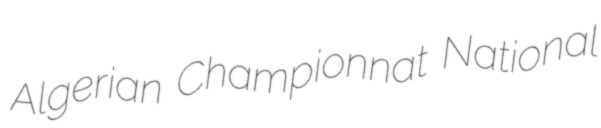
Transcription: Algerian Championnat National